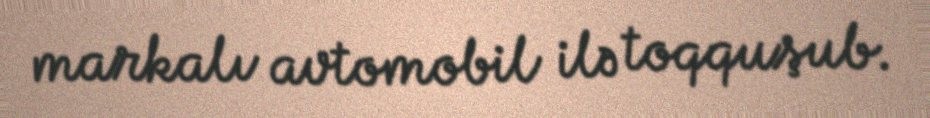
markalı avtomobil ilə toqquşub.